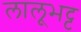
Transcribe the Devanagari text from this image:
लालूभट्ट